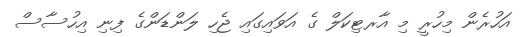
އަހުރެން މިހުރީ މި އާރޓިކަލް ގެ އަވައިގައި ޖެހި ލަންޑަންގެ ފިނި އިހުސާސް